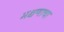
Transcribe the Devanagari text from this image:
भक्षणाचा